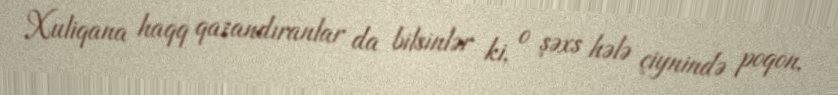
Xuliqana haqq qazandıranlar da bilsinlər ki, o şəxs hələ çiynində poqon,